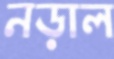
নড়াল